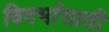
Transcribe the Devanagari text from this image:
विदर्भासाठी